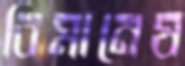
বিমানেষ